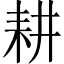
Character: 耕